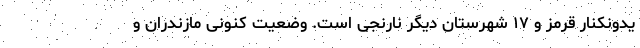
یدونکنار قرمز و ۱۷ شهرستان دیگر نارنجی است. وضعیت کنونی مازندران و